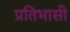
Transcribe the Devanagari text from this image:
प्रतिभासी